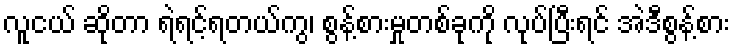
လူငယ် ဆိုတာ ရဲရင့်ရတယ်ကွ၊ စွန့်စားမှုတစ်ခုကို လုပ်ပြီးရင် အဲဒီစွန့်စား